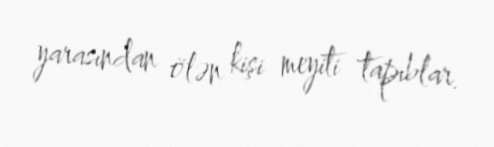
yarasından ölən kişi meyiti tapıblar.